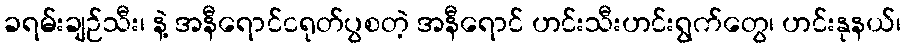
ခရမ်းချဉ်သီး၊ နဲ့ အနီရောင်ငရုတ်ပွစတဲ့ အနီရောင် ဟင်းသီးဟင်းရွက်တွေ၊ ဟင်းနုနယ်၊